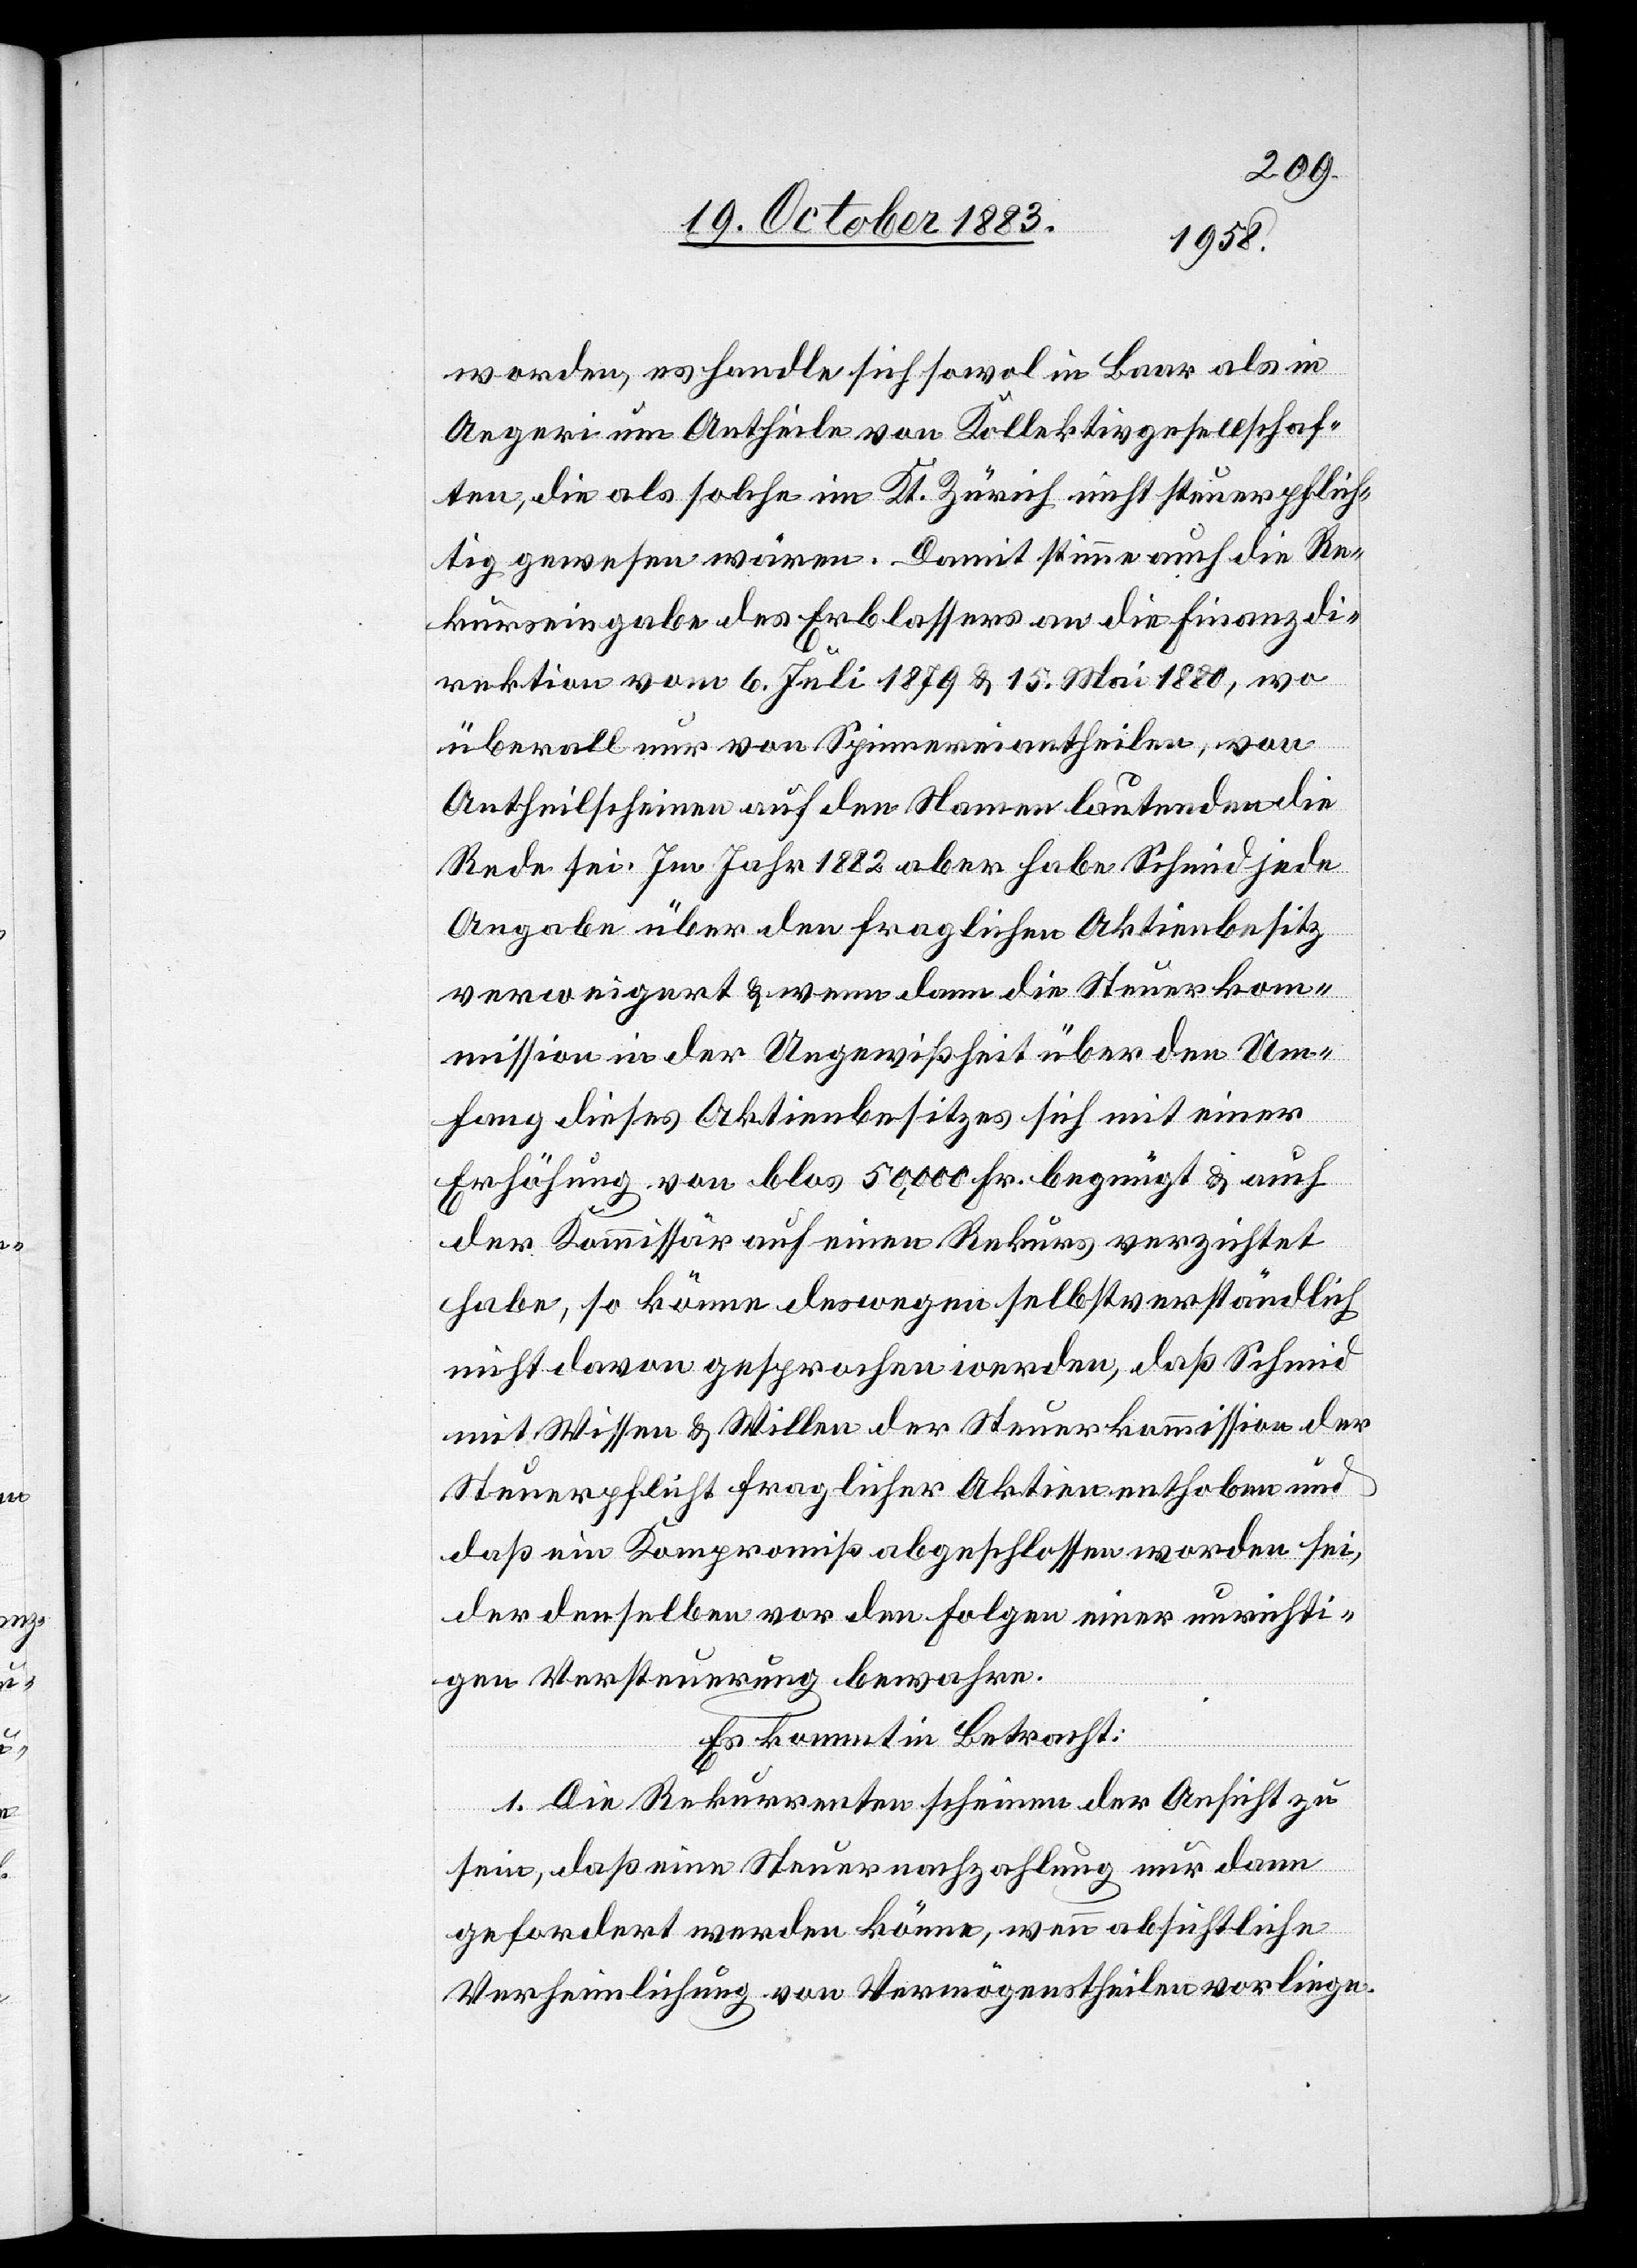
worden, es handle sich sowol in Baar als in
Aegeri um Antheile von Kollektivgesellschaf¬
ten, die als solche im Kt. Zürich nicht steuerpflich¬
tig gewesen wären. Damit stimme auch die Re¬
kurseingabe des Erblassers an die Finanzdi¬
rektion vom 6. Juli 1879 & 15. Mai 1880, wo
überall nur von Spinnereiantheilen, von
Antheilscheinen auf den Namen lautenden die
Rede sei. Im Jahr 1882 aber habe Schmid jede
Angabe über den fraglichen Aktienbesitz
verweigert & wenn dann die Steuerkom¬
mission in der Ungewißheit über den Um¬
fang dieses Aktienbesitzes sich mit einer
Erhöhung von blos 50,000 Fr. bezeugt & auch
der Kommissär auf einen Rekurs verzichtet
habe, so könne deswegen selbstverständlich
nicht davon gesprochen werden, daß Schmid
mit Wissen & Willen der Steuerkommission der
Steuerpflicht fraglicher Aktien enthoben und
daß ein Kompromiß abgeschlossen worden sei,
der denselben vor den Folgen einer unrichti¬
gen Versteuerung bewahre.
Es kommt in Betracht:
1. Die Rekurrenten scheinen der Ansicht zu
sein, daß eine Steuernachzahlung nur dann
gefordert werden könne, wenn absichtliche
Verheimlichung von Vermögenstheilen vorliege.